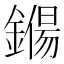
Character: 𨫖